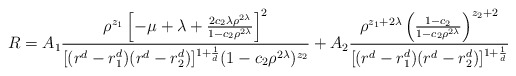
\begin{align*}R=A_{1}{\rho^{z_{1}}\left[-\mu+\lambda+{2 c_{2} \lambda \rho^{2\lambda}\over1-c_{2}\rho^{2\lambda}} \right]^{2}\over [(r^{d}-r_{1}^{d})(r^{d}-r_{2}^{d})]^{1+{1\over d}}(1-c_{2}\rho^{2\lambda})^{z_{2}}}+A_{2}{\rho^{z_{1}+2\lambda}\left({1-c_{2}\over 1-c_{2}\rho^{2\lambda}}\right)^{z_{2}+2}\over [(r^{d}-r_{1}^{d})(r^{d}-r_{2}^{d})]^{1+{1\over d}}} \end{align*}